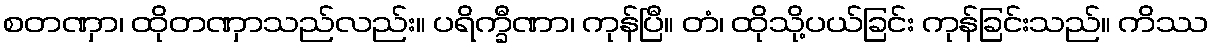
စတဏှာ၊ ထိုတဏှာသည်လည်း။ ပရိက္ခီဏာ၊ ကုန်ပြီ။ တံ၊ ထိုသို့ပယ်ခြင်း ကုန်ခြင်းသည်။ ကိဿ